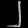
Digit: ၂